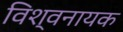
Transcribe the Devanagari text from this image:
विश्वनायक